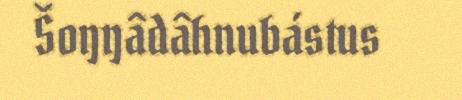
Šoŋŋâdâhnubástus